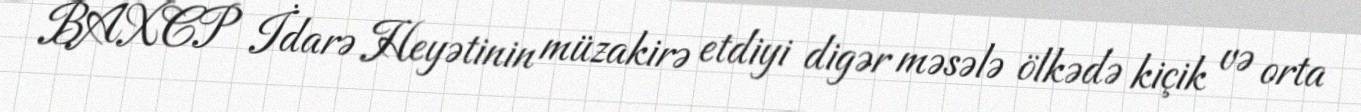
BAXCP İdarə Heyətinin müzakirə etdiyi digər məsələ ölkədə kiçik və orta